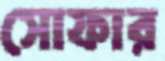
সোফার